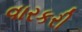
વારકરી